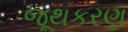
જૂથકરણ